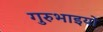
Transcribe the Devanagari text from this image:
गुरुभाइयों